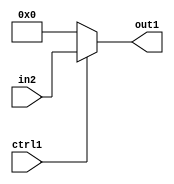
`timescale 1ps / 1ps
/*****************************************************************************
    Verilog RTL Description
    
    
    Created by: Stratus DpOpt 2019.1.01 
*******************************************************************************/

module mac_N_Mux_18_2_1_4_3 (
	in2,
	ctrl1,
	out1
	); /* architecture "behavioural" */ 
input [17:0] in2;
input  ctrl1;
output [17:0] out1;
wire [17:0] asc001;

reg [17:0] asc001_tmp_0;
assign asc001 = asc001_tmp_0;
always @ (ctrl1 or in2) begin
	case (ctrl1)
		1'B1 : asc001_tmp_0 = in2 ;
		default : asc001_tmp_0 = 18'B000000000000000000 ;
	endcase
end

assign out1 = asc001;
endmodule

/* CADENCE  uLX5Qws= : u9/ySgnWtBlWxVPRXgAZ4Og= ** DO NOT EDIT THIS LINE ******/